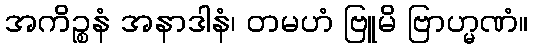
အကိဉ္စနံ အနာဒါနံ၊ တမဟံ ဗြူမိ ဗြာဟ္မဏံ။